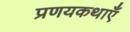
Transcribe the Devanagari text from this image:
प्रणयकथाएँ